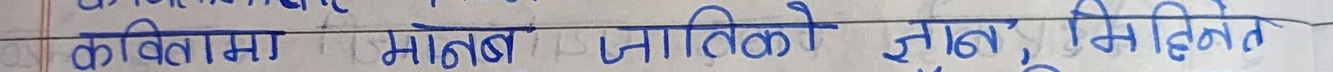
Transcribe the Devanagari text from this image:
कवितामा मानव जातिको ज्ञान, निहित